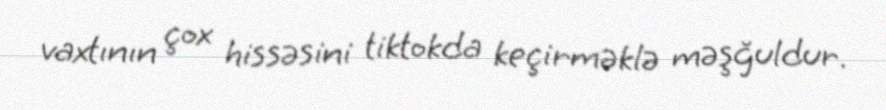
vaxtının çox hissəsini tiktokda keçirməklə məşğuldur.